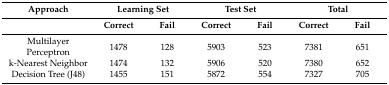
<table><thead><tr><td><b>Approach</b></td><td colspan="2"><b>Learning Set</b></td><td colspan="2"><b>Test Set</b></td><td colspan="2"><b>Total</b></td></tr><tr><td></td><td><b>Correct</b></td><td><b>Fail</b></td><td><b>Correct</b></td><td><b>Fail</b></td><td><b>Correct</b></td><td><b>Fail</b></td></tr></thead><tbody><tr><td>Multilayer Perceptron</td><td>1478</td><td>128</td><td>5903</td><td>523</td><td>7381</td><td>651</td></tr><tr><td>k-Nearest Neighbor</td><td>1474</td><td>132</td><td>5906</td><td>520</td><td>7380</td><td>652</td></tr><tr><td>Decision Tree (J48)</td><td>1455</td><td>151</td><td>5872</td><td>554</td><td>7327</td><td>705</td></tr></tbody></table>